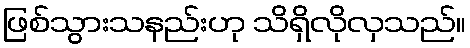
ဖြစ်သွားသနည်းဟု သိရှိလိုလှသည်။